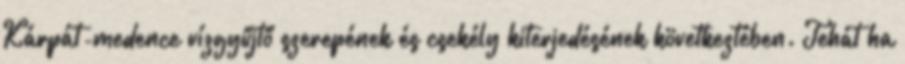
Kárpát-medence vízgyűjtő szerepének és csekély kiterjedésének következtében. Tehát ha